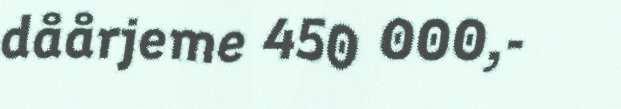
dåårjeme 450 000,-